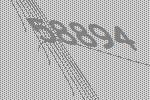
58894